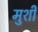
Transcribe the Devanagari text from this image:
मुर्शी